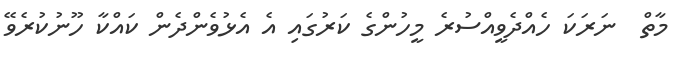
މާތް  ނަރަކަ ހެއްދެވީއްސުރެ މީހުންގެ ކަރުގައި އެ އެޅުވެންދެން ކައްކާ ހޫނުކުރެވޭ